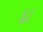
દા